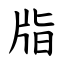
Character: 㸟